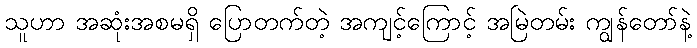
သူဟာ အဆုံးအစမရှိ ပြောတက်တဲ့ အကျင့်ကြောင့် အမြဲတမ်း ကျွန်တော်နဲ့